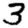
Digit: 3